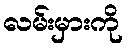
လမ်းမှားကို